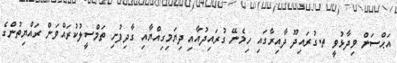
އަޙްސަން ވިދާޅުވީ ތ.ގުރައިދޫ ދާއިރާގައި ހިމެނޭ ގުރައިދުއާއި ދިޔަމިގިއްޔާއި ގާދިފުށި ތަމްސީލުކުރައްވަން ރައްޔިތުންގެ